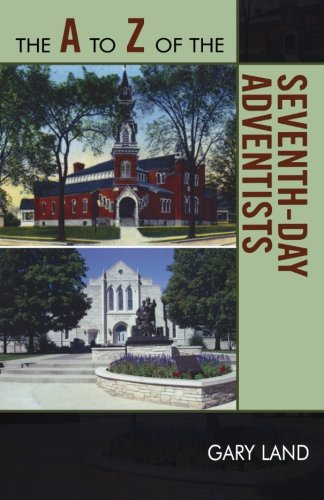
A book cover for The A to Z of the Seventh-Day Adventists (The A to Z Guide Series); Gary Land; Christian Books & Bibles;